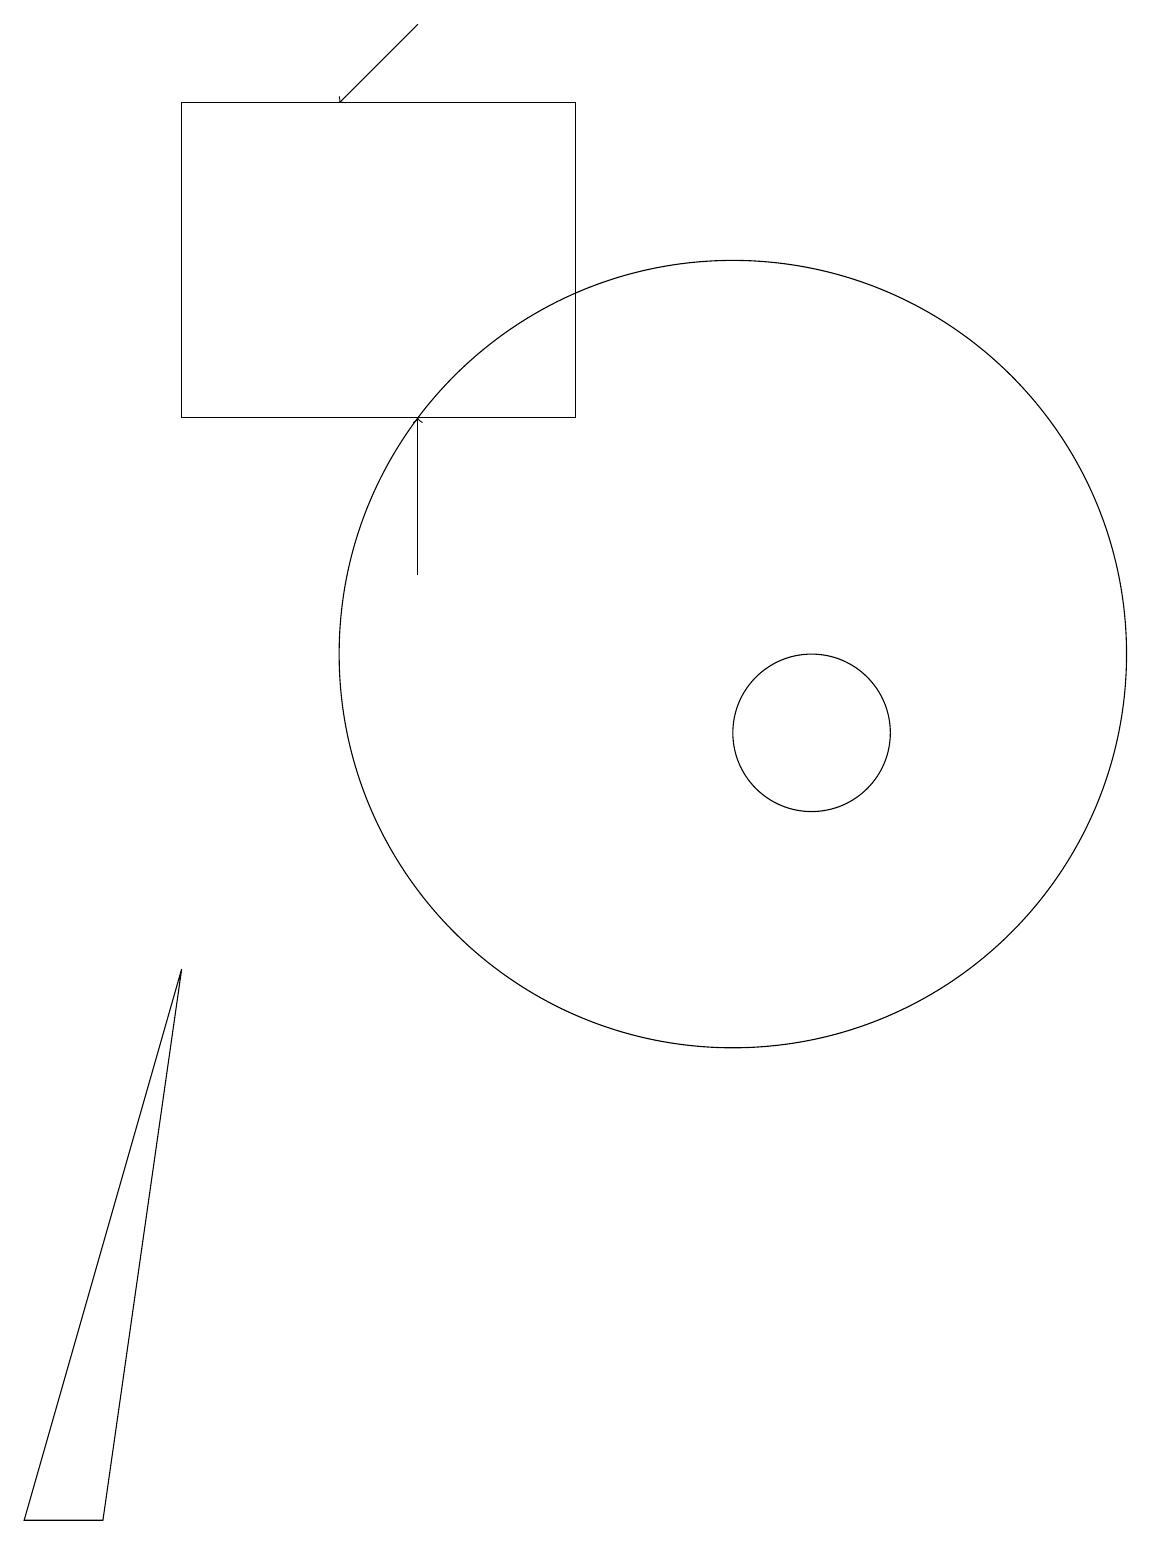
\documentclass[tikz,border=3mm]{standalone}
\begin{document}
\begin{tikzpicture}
\draw (12,10) circle (1);
\draw (11,11) circle (0);
\draw (4,7) -- (3,0) -- (2,0) -- cycle;
\draw (4,18) rectangle (9,14);
\draw (11,11) circle (5);
\draw[->] (7,12) -- (7,14);
\draw[->] (7,19) -- (6,18);
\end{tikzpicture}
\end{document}